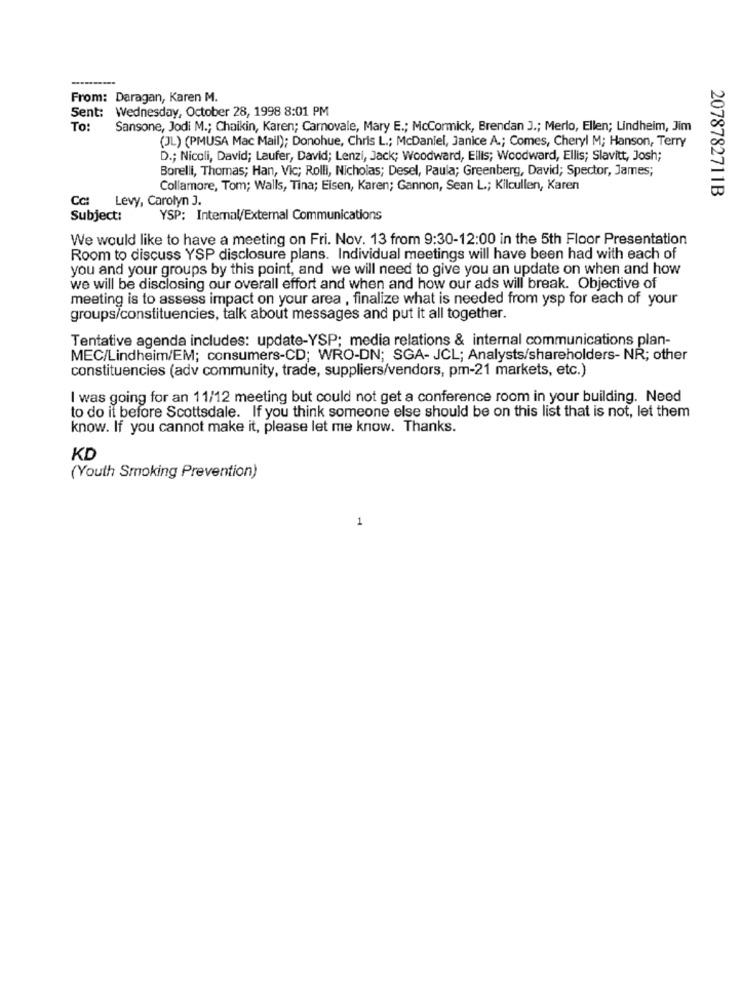
From: Daragan, Karen M.
Sent: Wednesday, October 28, 1998 8:01 PM
To:
Sansone, Jodi M .; Chaikin, Karen; Carnovale, Mary E .; McCormick, Brendan J .; Merlo, Ellen; Lindheim, Jim
(JL) (PMUSA Mac Mail); Donohue, Chris L .; McDaniel, Janice A .; Comes, Cheryl M; Hanson, Terry
D .; Nicoli, David; Laufer, David; Lenzi, Jack; Woodward, Ellis; Woodward, Ellis; Slavitt, Josh;
Borelli, Thomas; Han, Vic; Rolli, Nicholas; Desel, Paula; Greenberg, David; Spector, James;
Collamore, Tom; Walls, Tina; Eisen, Karen; Gannon, Sean L .; Kilcullen, Karen
2078782711B
Cc:
Levy, Carolyn J.
Subject:
YSP: Internal/External Communications
We would like to have a meeting on Fri. Nov. 13 from 9:30-12:00 in the 5th Floor Presentation
Room to discuss YSP disclosure plans. Individual meetings will have been had with each of
you and your groups by this point, and we will need to give you an update on when and how
we will be disclosing our overall effort and when and how our ads will break. Objective of
meeting is to assess impact on your area , finalize what is needed from ysp for each of your
groups/constituencies, talk about messages and put it all together.
Tentative agenda includes: update-YSP; media relations & internal communications plan-
MEC/Lindheim/EM; consumers-CD; WRO-DN; SGA- JCL; Analysts/shareholders- NR; other
constituencies (adv community, trade, suppliers/vendors, pm-21 markets, etc.)
I was going for an 11/12 meeting but could not get a conference room in your building. Need
to do it before Scottsdale. If you think someone else should be on this list that is not, let them
know. If you cannot make it, please let me know. Thanks.
KD
(Youth Smoking Prevention)
1